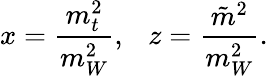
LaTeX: x=\frac{m_{t}^{2}}{m_{W}^{2}},~~~z=\frac{\tilde{m}^{2}}{m_{W}^{2}}.